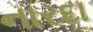
નારદા